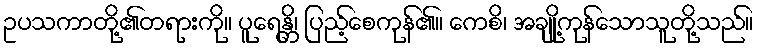
ဥပသကာတို့၏တရားကို။ ပူရေန္တိ၊ ပြည့်စေကုန်၏။ ကေစိ၊ အချို့ကုန်သောသူတို့သည်။